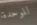
للوحدة